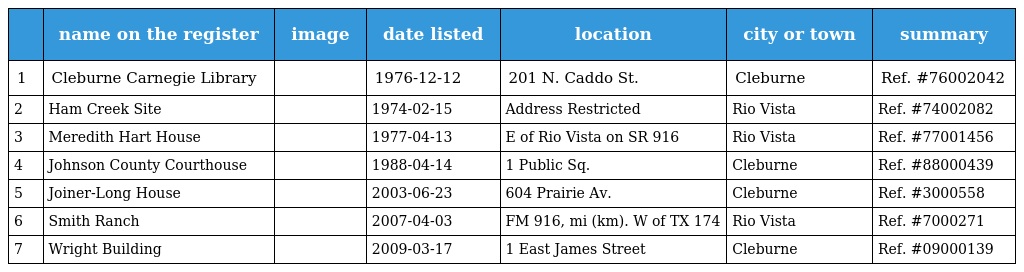
|  | name on the register | image | date listed | location | city or town | summary |
 | --- | --- | --- | --- | --- | --- | --- |
 | 1 | Cleburne Carnegie Library |  | 1976-12-12 | 201 N. Caddo St. | Cleburne | Ref. #76002042 |
 | 2 | Ham Creek Site |  | 1974-02-15 | Address Restricted | Rio Vista | Ref. #74002082 |
 | 3 | Meredith Hart House |  | 1977-04-13 | E of Rio Vista on SR 916 | Rio Vista | Ref. #77001456 |
 | 4 | Johnson County Courthouse |  | 1988-04-14 | 1 Public Sq. | Cleburne | Ref. #88000439 |
 | 5 | Joiner-Long House |  | 2003-06-23 | 604 Prairie Av. | Cleburne | Ref. #3000558 |
 | 6 | Smith Ranch |  | 2007-04-03 | FM 916, mi (km). W of TX 174 | Rio Vista | Ref. #7000271 |
 | 7 | Wright Building |  | 2009-03-17 | 1 East James Street | Cleburne | Ref. #09000139 |